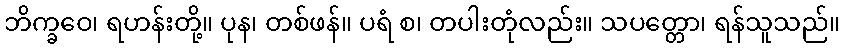
ဘိက္ခဝေ၊ ရဟန်းတို့။ ပုန၊ တစ်ဖန်။ ပရံ စ၊ တပါးတုံလည်း။ သပတ္တော၊ ရန်သူသည်။